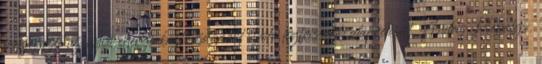
összegezte az unió energiabiztonságáról szóló legfrissebb alapvetéseit. Andris Piebalgs,